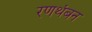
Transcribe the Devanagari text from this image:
रणथंबन